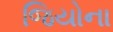
જિયોના